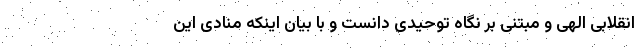
انقلابی الهی و مبتنی بر نگاه توحیدی دانست و با بیان اینکه منادی این